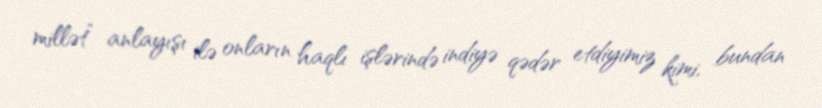
millət” anlayışı ilə onların haqlı işlərində indiyə qədər etdiyimiz kimi, bundan